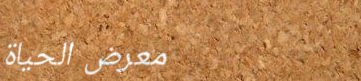
معرض الحياة